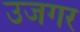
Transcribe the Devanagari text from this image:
उजगर